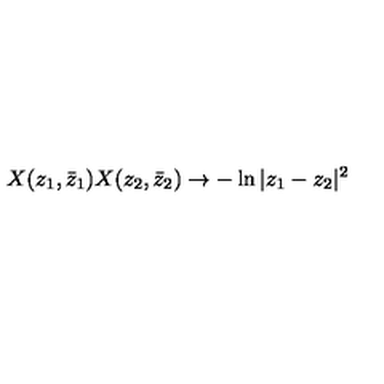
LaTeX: X ( z _ { 1 } , \bar { z } _ { 1 } ) X ( z _ { 2 } , \bar { z } _ { 2 } ) \rightarrow - \ln { | z _ { 1 } - z _ { 2 } | ^ { 2 } }